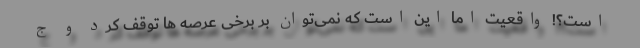
است؟! واقعیت اما این است که نمی‌توان بر برخی عرصه ها توقف کرد و ج